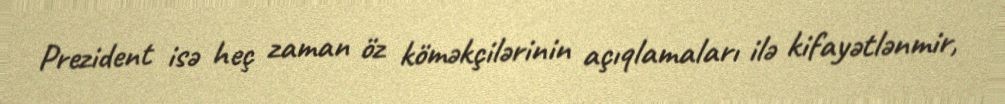
Prezident isə heç zaman öz köməkçilərinin açıqlamaları ilə kifayətlənmir,